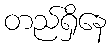
တည်ရှိနေ